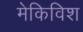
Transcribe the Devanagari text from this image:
मेकिविश